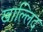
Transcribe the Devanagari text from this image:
खाल्लिद